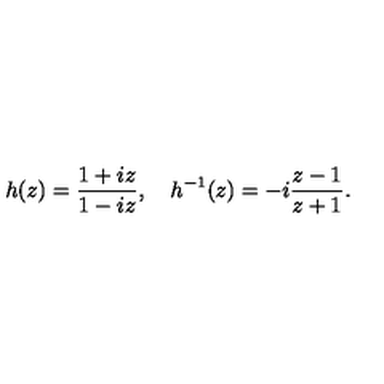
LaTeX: h ( z ) = \frac { 1 + i z } { 1 - i z } , \quad h ^ { - 1 } ( z ) = - i \frac { z - 1 } { z + 1 } .